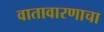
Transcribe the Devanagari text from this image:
वातावारणाचा